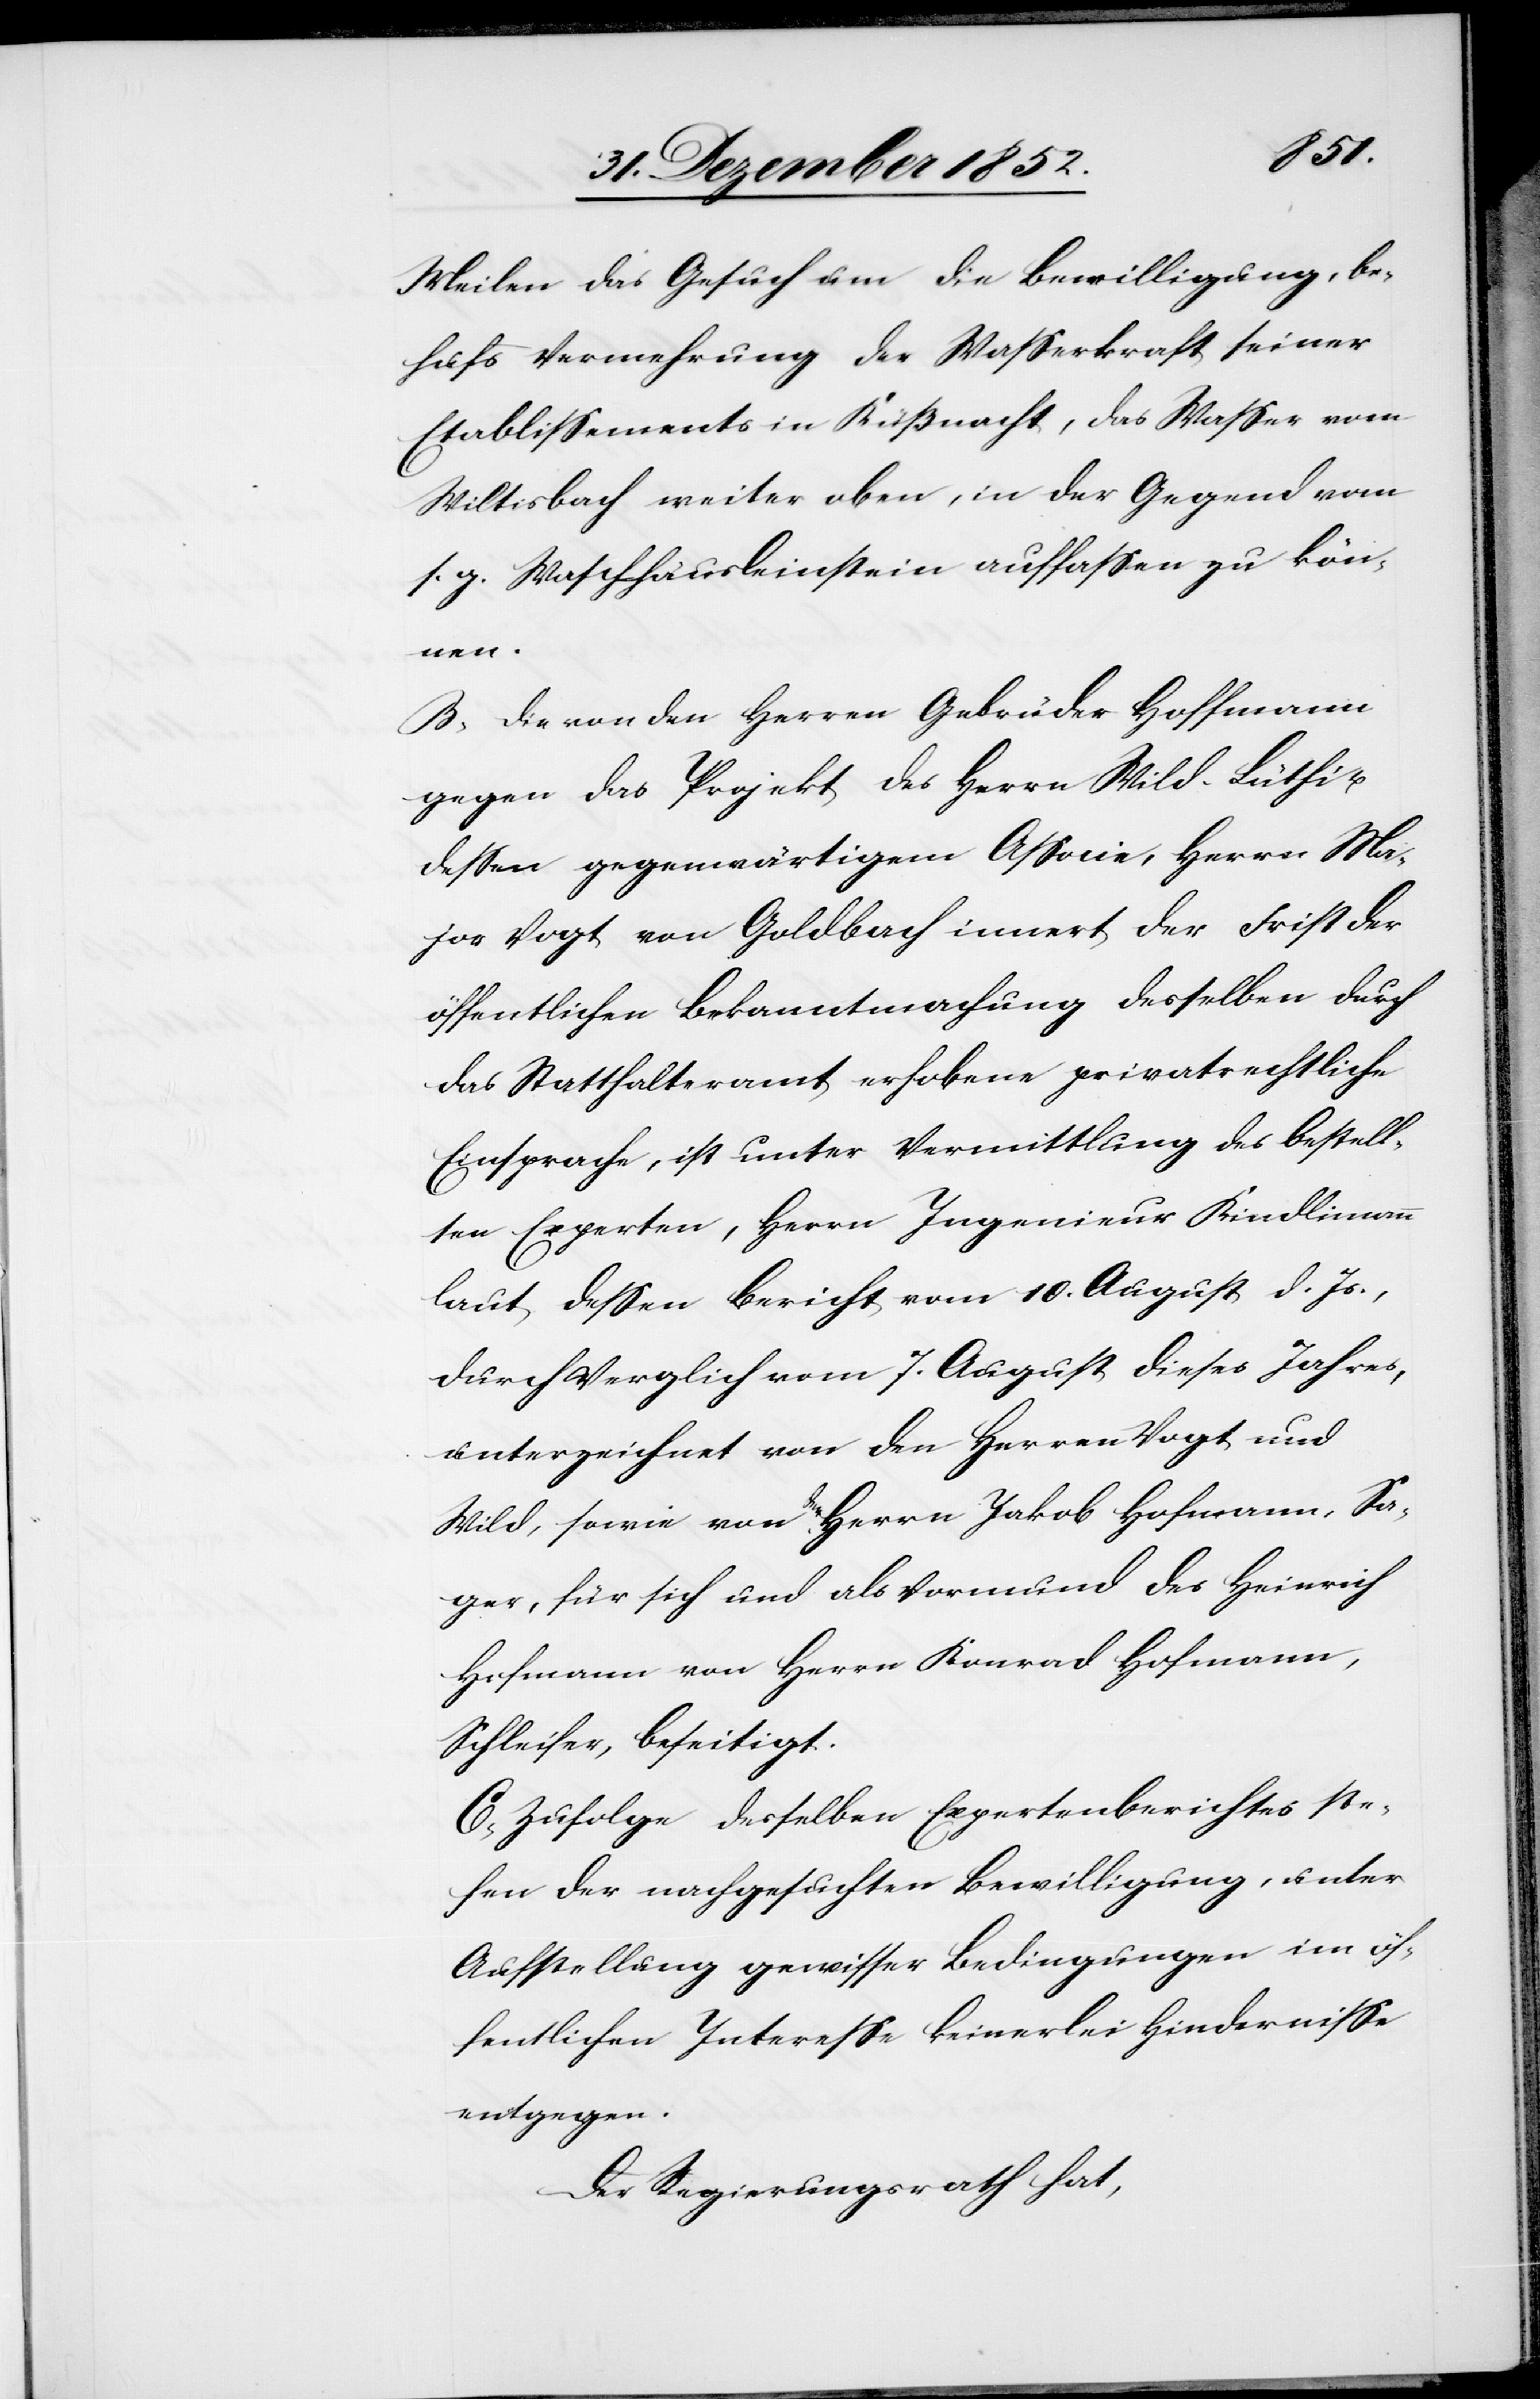
Sa¬
Meilen das Gesuch um die Bewilligung, be¬
hufs Vermehrung der Wasserkraft seiner
Etablissements in Küßnacht, das Wasser vom
Wiltisbach weiter oben, in der Gegend vom
s. g. Waschhäusleinstein auffassen zu kön¬
ic!],
B, Die von den Herren Gebrüder Hoffmann
gegen das Projekt des Herrn Wild-Lüthi u.
dessen gegenwärtigem Associe, Herrn Ma¬
jor Vogt von Goldbach innert der Frist der
öffentlichen Bekanntmachung desselben durch
das Statthalteramt erhobene privatrechtliche
Einsprache, ist unter Vermittlung des bestell¬
ten Experten, Herrn Ingenieur Kindlimann
laut dessen Bericht vom 10. August d. Js.,
durch Vergl[e]ich vom 7. August dieses Jahres,
unterzeichnet von den Herren Vogt und
Wild, sowie von den Herrn Jakob Hofmann [s¬
ger, für sich und als Vormund des Heinrich
Hofmann von Herrn Konrad Hofmann,
Schleifer, beseitigt.
C, Zufolge desselben Expertenberichtes ste¬
hen der nachgesuchten Bewilligung, unter
Aufstellung gewisser Bedingungen im öf¬
fentlichen Interesse keinerlei Hindernisse
entgegen.
Der Regierungsrath hat,